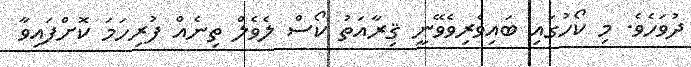
ދުވަހެވެ. މި ކޯހުގައި ބައިވެރިވެވޭނީ ޤިރާއަތު ކޯސް ލެވެލް ތިނެއް ފުރިހަމަ ކޮށްފައިވާ